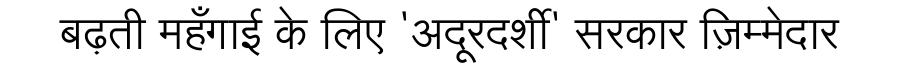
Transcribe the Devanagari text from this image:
बढ़ती महँगाई के लिए 'अदूरदर्शी' सरकार ज़िम्मेदार